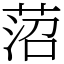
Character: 菬